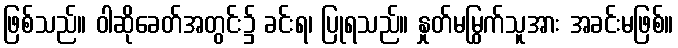
ဖြစ်သည်။ ဝါဆိုခေတ်အတွင်း၌ ခင်းရ၊ ပြုရသည်။ နှုတ်မမြွက်သူအား အခင်းမဖြစ်။